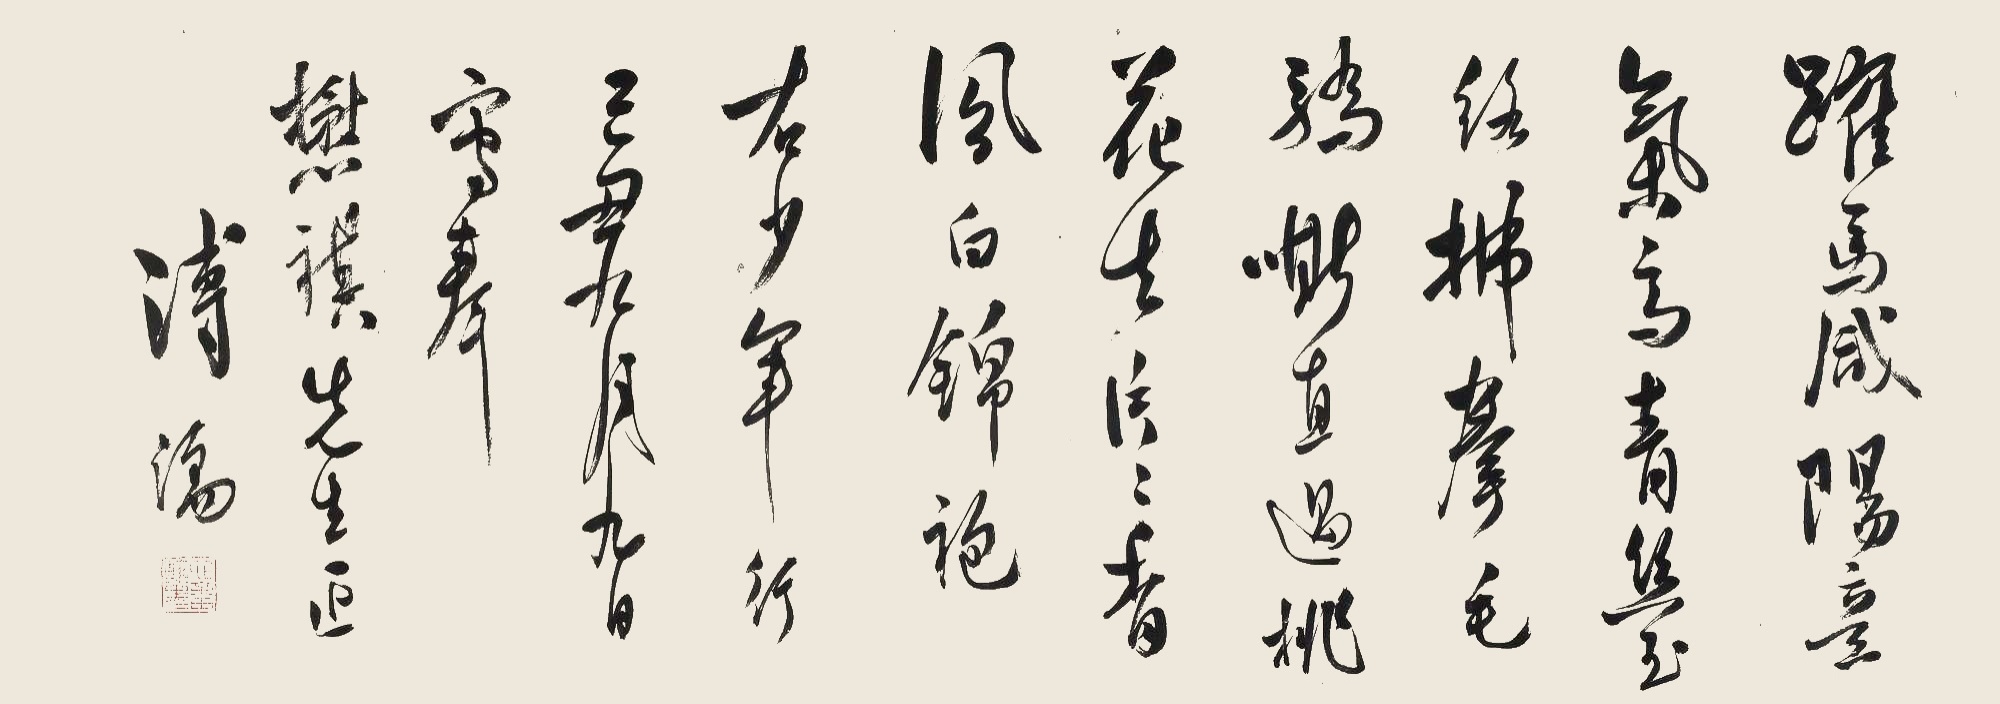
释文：跃马咸阳意气高，青丝玉络拂拳毛。骄嘶直过桃花去，片片春风白锦袍。右少年行。己丑九月九日，写奉懋祺先生正。溥儒。